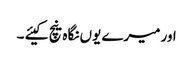
اور میرے یوں نگاہ نیچ کیئے ۔